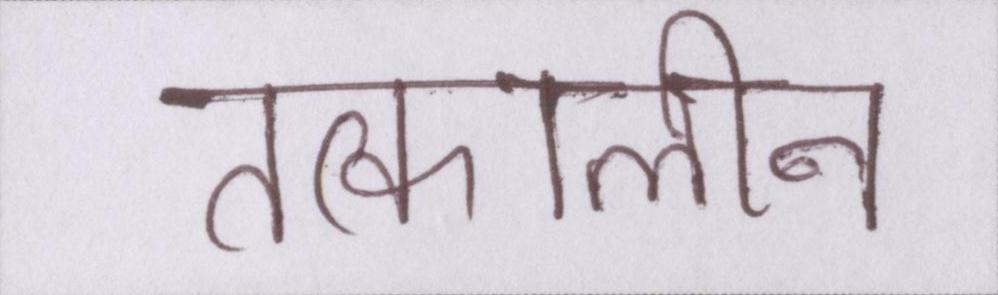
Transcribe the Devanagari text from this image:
तत्कालीन